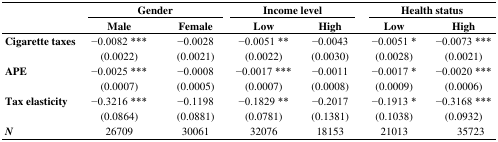
<table><thead><tr><td rowspan="2"></td><td colspan="2"><b>Gender</b></td><td colspan="2"><b>Income level</b></td><td colspan="2"><b>Health status</b></td></tr><tr><td><b>Male</b></td><td><b>Female</b></td><td><b>Low</b></td><td><b>High</b></td><td><b>Low</b></td><td><b>High</b></td></tr></thead><tbody><tr><td><b>Cigarette taxes</b></td><td>−0.0082 *** (0.0022)</td><td>−0.0028 (0.0021)</td><td>−0.0051 ** (0.0022)</td><td>−0.0043 (0.0030)</td><td>−0.0051 * (0.0028)</td><td>−0.0073 *** (0.0021)</td></tr><tr><td><b>APE</b></td><td>−0.0025 *** (0.0007)</td><td>−0.0008 (0.0005)</td><td>−0.0017 *** (0.0007)</td><td>−0.0011 (0.0008)</td><td>−0.0017 * (0.0009)</td><td>−0.0020 *** (0.0006)</td></tr><tr><td><b>Tax elasticity</b></td><td>−0.3216 *** (0.0864)</td><td>−0.1198 (0.0881)</td><td>−0.1829 ** (0.0781)</td><td>−0.2017 (0.1381)</td><td>−0.1913 * (0.1038)</td><td>−0.3168 *** (0.0932)</td></tr><tr><td><b><i>N</i></b></td><td>26709</td><td>30061</td><td>32076</td><td>18153</td><td>21013</td><td>35723</td></tr></tbody></table>